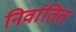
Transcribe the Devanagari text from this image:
निर्वातित